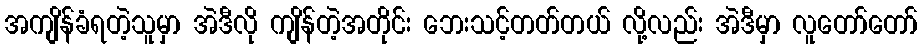
အကျိန်ခံရတဲ့သူမှာ အဲဒီလို ကျိန်တဲ့အတိုင်း ဘေးသင့်တတ်တယ် လို့လည်း အဲဒီမှာ လူတော်တော်